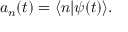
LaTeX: a _ { n } ( t ) = \langle n | \psi ( t ) \rangle .